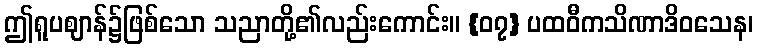
ဤရူပဈာန်၌ဖြစ်သော သညာတို့၏လည်းကောင်း။ {၀၇} ပထဝီကသိဏာဒိဝသေန၊